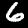
Digit: 6